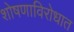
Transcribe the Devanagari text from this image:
शोषणाविरोधात